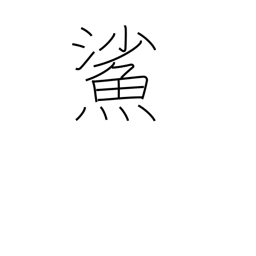
Meaning: goby (fish)